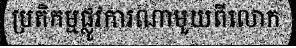
ប្រតិកម្មផ្លូវការណាមួយពីលោក